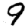
Digit: 9